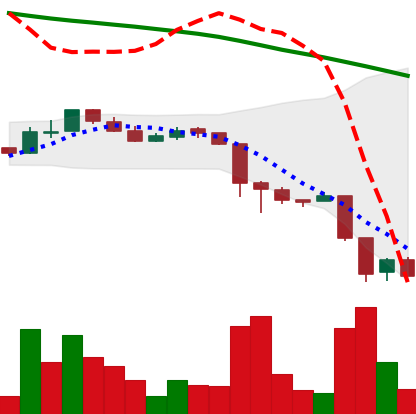
Ticker: ADA-USD
Chart end date: 2018-11-22
Forward return: -17.612%
Label: down_7plus